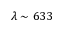
\lambda \sim 6 3 3